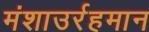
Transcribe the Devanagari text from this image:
मंशाउर्रहमान